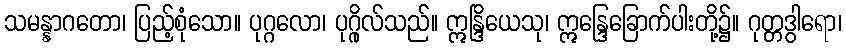
သမန္နာဂတော၊ ပြည့်စုံသော။ ပုဂ္ဂလော၊ ပုဂ္ဂိုလ်သည်။ ဣန္ဒြိယေသု၊ ဣန္ဒြေခြောက်ပါးတို့၌။ ဂုတ္တဒွါရော၊